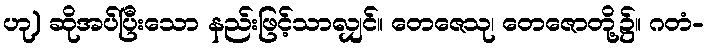
ဟု) ဆိုအပ်ပြီးသော နည်းဖြင့်သာလျှင်။ တေဇေသု၊ တေဇောတို့၌။ ဂတံ-